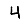
Digit: 4